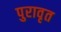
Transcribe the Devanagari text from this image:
पुरावृत